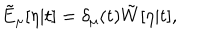
LaTeX: \tilde { E } _ { \mu } [ \eta | t ] = \delta _ { \mu } ( t ) \tilde { W } [ \eta | t ] ,